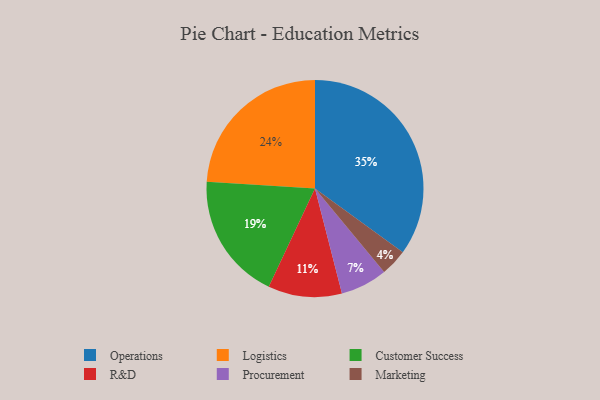
{"axis": {"x": "Category", "y": "Percentage"}, "legend": ["Customer Success", "Logistics", "Marketing", "Operations", "Procurement", "R&D"], "data": [{"x": "Procurement", "y": 7, "type": "Procurement"}, {"x": "R&D", "y": 11, "type": "R&D"}, {"x": "Marketing", "y": 4, "type": "Marketing"}, {"x": "Customer Success", "y": 19, "type": "Customer Success"}, {"x": "Operations", "y": 35, "type": "Operations"}, {"x": "Logistics", "y": 24, "type": "Logistics"}]}